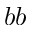
b b